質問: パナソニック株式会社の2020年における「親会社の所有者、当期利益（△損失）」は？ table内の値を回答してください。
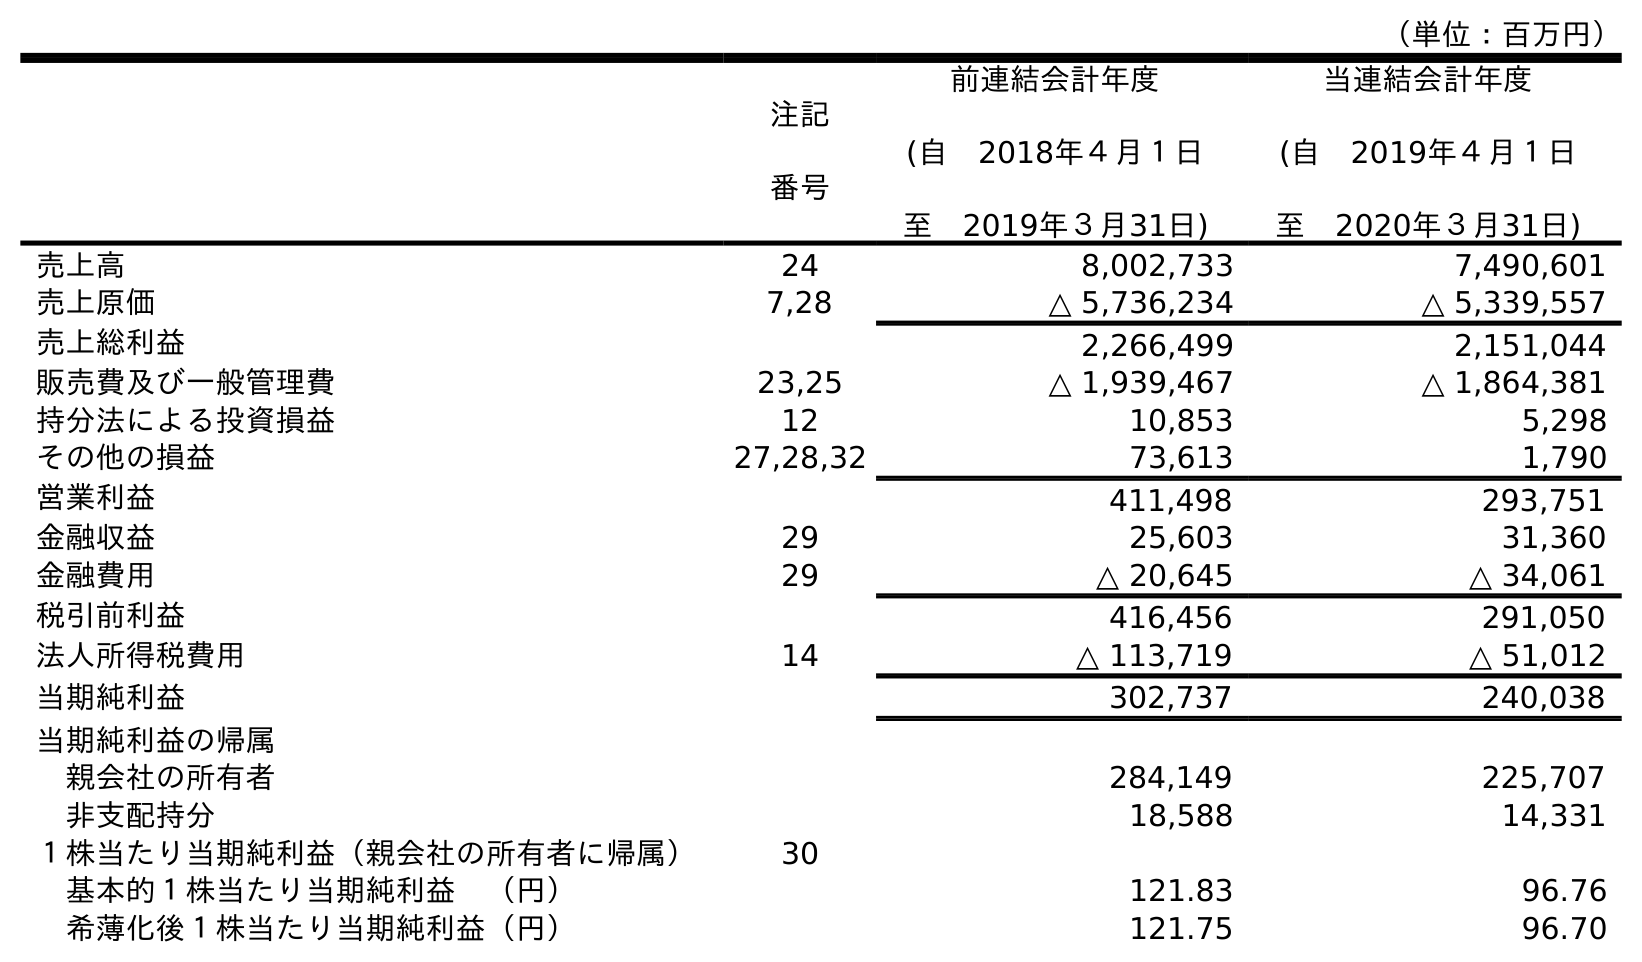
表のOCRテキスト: （単位：百万円） 注記 番号 前連結会計年度 (自 2018年４月１日 至 2019年３月31日) 当連結会計年度 (自 2019年４月１日 至 2020年３月31日) 売上高 24 8,002,733 7,490,601 売上原価 7,28 △ 5,736,234 △ 5,339,557 売上総利益 2,266,499 2,151,044 販売費及び一般管理費 23,25 △ 1,939,467 △ 1,864,381 持分法による投資損益 12 10,853 5,298 その他の損益 27,28,32 73,613 1,790 営業利益 411,498 293,751 金融収益 29 25,603 31,360 金融費用 29 △ 20,645 △ 34,061 税引前利益 416,456 291,050 法人所得税費用 14 △ 113,719 △ 51,012 当期純利益 302,737 240,038 当期純利益の帰属 親会社の所有者 284,149 225,707 非支配持分 18,588 14,331 １株当たり当期純利益（親会社の所有者に帰属） 30 基本的１株当たり当期純利益 （円） 121.83 96.76 希薄化後１株当たり当期純利益（円） 121.75 96.70
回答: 225,707